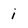
Character: i